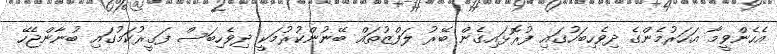
އެހެންވީމާ އަހަރުމެންގެ ދިވެހިބަހުގައި ފުރޮޅައިގެން ބޭރު ލަފްޒުތައް ބޭނުންކުރުމަކީ ދިވެހިބަސް ފަގީރުކަމުގައި ބުނާންޖެހޭ